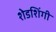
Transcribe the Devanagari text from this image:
शेडशिंगी